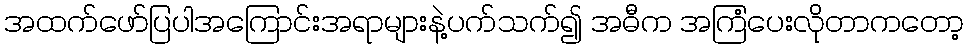
အထက်ဖော်ပြပါအကြောင်းအရာများနဲ့ပက်သက်၍ အဓီက အကြံပေးလိုတာကတော့